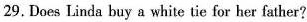
29. Does Linda buy a white tie for her father?